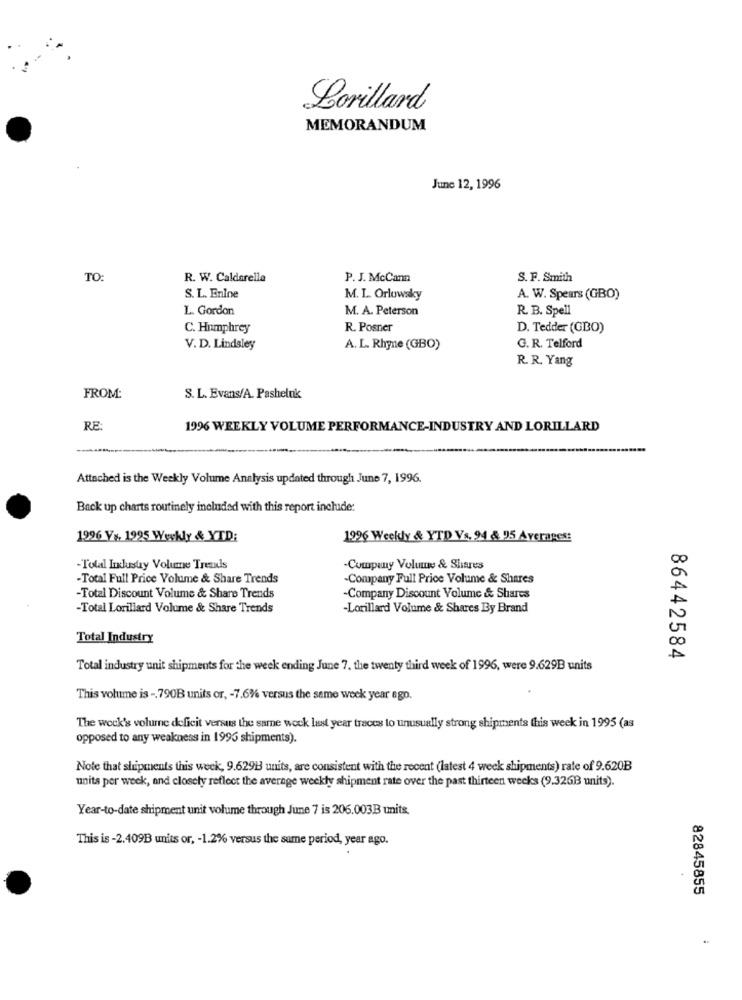
Lorillard
MEMORANDUM
June 12, 1996
TO:
R. W. Caldarella
P. J. McCann
S. F. Smith
S. L. Enine
M. L. Orlowsky
A. W. Spears (GBO)
L. Gordon
M. A. Peterson
R. B. Spell
C. Humphrey
R. Posner
D. Tedder (GBO)
V. D. Lindsley
A. L. Rhone (GBO)
G. R. Telford
R. R. Yang
FROM:
S. L. Evans/A. Pasheluk
RE
1996 WEEKLY VOLUME PERFORMANCE-INDUSTRY AND LORILLARD
Attached is the Weekly Volume Analysis updated through June 7, 1996.
Back up charts routinely included with this report include:
1996 Vs. 1925 Werkly & YTD:
1996 Weekly & YTD Vs. 94 & 95 Averages:
-Tolal Industry Volume Treaxis
-Company Volume & Shares
-Total Full Price Volume & Share Trends
-Company Full Price Volume & Shares
Total Discount Volume & Share Trends
Company Discount Volume & Shares
-Total Lorillard Volume & Share Trends
-Lorillard Volume & Shares By Brand
Total Industry
86442584
Total industry unit shipments for the week ending June 7. the twenty third week of 1996, were 9.629B units
This volume is -. 790B units or, - 7.6% versus the same week year ago.
The wock's volume deficit versus the same wock last year traces to unusually strong shipments this week in 1995 (as
opposed to any weakness in 1996 shipments).
Note that shipments this week, 9.629B units, are consistent with the recent (latest 4 week shipments) rate of 9.620B
units per week, and closely reflect the average weekly shipment rate over the past thirteen weeks (9.326B units).
Year-to-date shipment unit volume through June 7 is 206.003B units.
This is -2.409B units or, - 1.2% versus the same period, year ago.
82845855